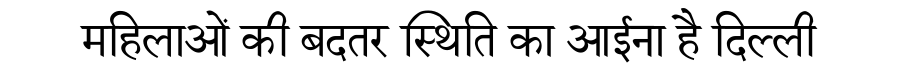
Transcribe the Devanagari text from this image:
महिलाओं की बदतर स्थिति का आईना है दिल्ली